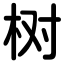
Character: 树